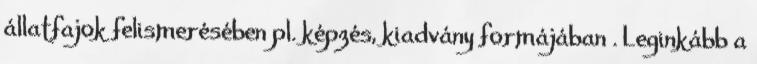
állatfajok felismerésében pl. képzés, kiadvány formájában . Leginkább a